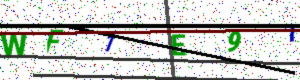
Text: WF1E9T